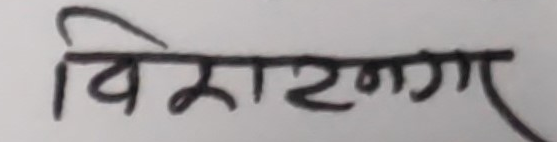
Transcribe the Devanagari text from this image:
विराटनगर